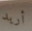
أريد